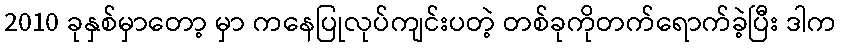
2010 ခုနှစ်မှာတော့ မှာ ကနေပြုလုပ်ကျင်းပတဲ့ တစ်ခုကိုတက်ရောက်ခဲ့ပြီး ဒါက